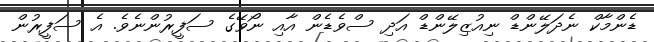
ޑެންމާކް ނެދަލޭންޑް ނިއުޒިލޭންޑް އަދި ސްވެޑެން އާއި ނޯވޭގެ ސަފީރުންނެވެ. އެ ސަފީރުން